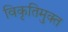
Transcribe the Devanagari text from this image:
विकृतिमुक्त